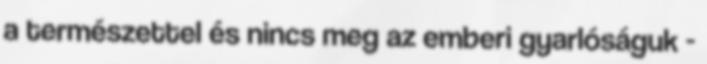
a természettel és nincs meg az emberi gyarlóságuk -